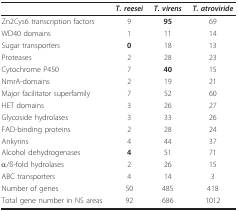
<table><thead><tr><td></td><td><b><i>T. reesei</i></b></td><td><b><i>T. virens</i></b></td><td><b><i>T. atroviride</i></b></td></tr></thead><tbody><tr><td>Zn2Cys6 transcription factors</td><td>9</td><td><b>95</b></td><td>69</td></tr><tr><td>WD40 domains</td><td>1</td><td>11</td><td>14</td></tr><tr><td>Sugar transporters</td><td><b>0</b></td><td>18</td><td>13</td></tr><tr><td>Proteases</td><td>2</td><td>28</td><td>23</td></tr><tr><td>Cytochrome P450</td><td>7</td><td><b>40</b></td><td>15</td></tr><tr><td>NmrA-domains</td><td>2</td><td>19</td><td>21</td></tr><tr><td>Major facilitator superfamily</td><td>7</td><td>52</td><td>60</td></tr><tr><td>HET domains</td><td>3</td><td>26</td><td>27</td></tr><tr><td>Glycoside hydrolases</td><td>3</td><td>33</td><td>26</td></tr><tr><td>FAD-binding proteins</td><td>2</td><td>28</td><td>24</td></tr><tr><td>Ankyrins</td><td>4</td><td>44</td><td>37</td></tr><tr><td>Alcohol dehydrogenases</td><td><b>4</b></td><td>51</td><td>71</td></tr><tr><td>α/ß-fold hydrolases</td><td>2</td><td>26</td><td>15</td></tr><tr><td>ABC transporters</td><td>4</td><td>14</td><td>3</td></tr><tr><td>Number of genes</td><td>50</td><td>485</td><td>418</td></tr><tr><td>Total gene number in NS areas</td><td>92</td><td>686</td><td>1012</td></tr></tbody></table>